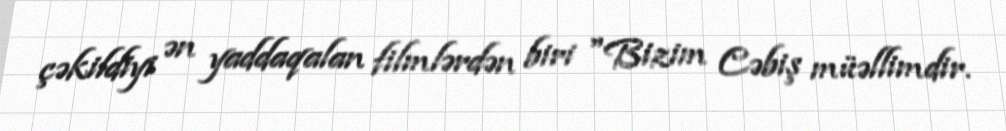
çəkildiyi ən yaddaqalan filmlərdən biri "Bizim Cəbiş müəllimdir.